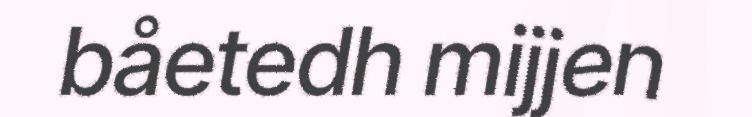
båetedh mijjen